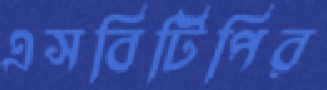
এসবিটিপির